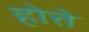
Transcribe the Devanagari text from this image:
होत्ते